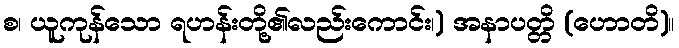
စ၊ ယူကုန်သော ရဟန်းတို့၏လည်းကောင်း၊) အနာပတ္တိ (ဟောတိ)။